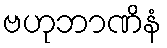
ဗဟုဘာဏိနံ